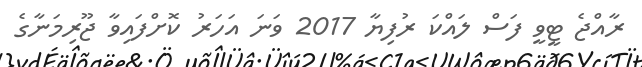
ރާއްޖެ ޓީވީ ފަސް ލައްކަ ރުފިޔާ 2017 ވަނަ އަހަރު ކޮށްފައިވާ ޖޫރިމަނާގެ